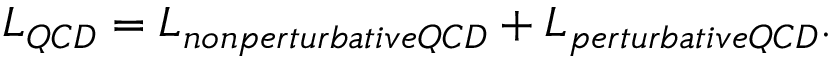
{ \cal L } _ { Q C D } = { \cal L } _ { n o n p e r t u r b a t i v e Q C D } + { \cal L } _ { p e r t u r b a t i v e Q C D } .